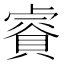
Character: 𧷁